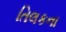
તિલકના